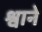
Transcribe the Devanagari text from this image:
श्वाने